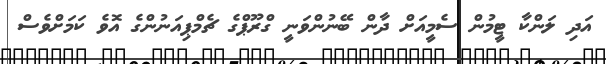
އަދި ލަންކާ ޓީމުން ސެމީއަށް ދާން ބޭނުންވަނީ ގްރޫޕްގެ ޗެމްޕިއަނުންގެ އޮވެ ކަމަށްވެސް